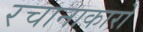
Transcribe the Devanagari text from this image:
रचानाकारों